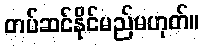
တပ်ဆင်နိုင်မည်မဟုတ်။